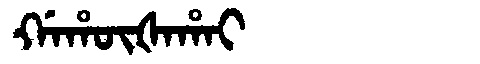
Manchu: ᡤᠠᡥᡡᡧᠠᡥᠠᡳ
Romanization: GAHŪŠAHAI